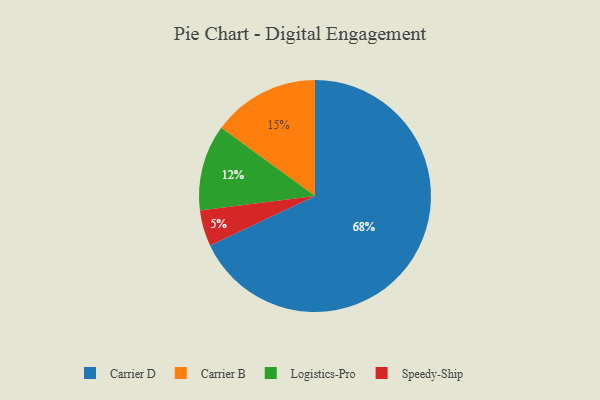
{"axis": {"x": "Category", "y": "Percentage"}, "legend": ["Carrier B", "Carrier D", "Logistics-Pro", "Speedy-Ship"], "data": [{"x": "Logistics-Pro", "y": 12, "type": "Logistics-Pro"}, {"x": "Carrier D", "y": 68, "type": "Carrier D"}, {"x": "Speedy-Ship", "y": 5, "type": "Speedy-Ship"}, {"x": "Carrier B", "y": 15, "type": "Carrier B"}]}